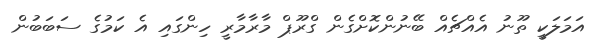
އަމަލަކީ ތޫނު އެއްޗެއް ބޭނުންކޮށްގެން ގްރޫޕް މާރާމާރީ ހިންގައި އެ ކަމުގެ ސަބަބުން